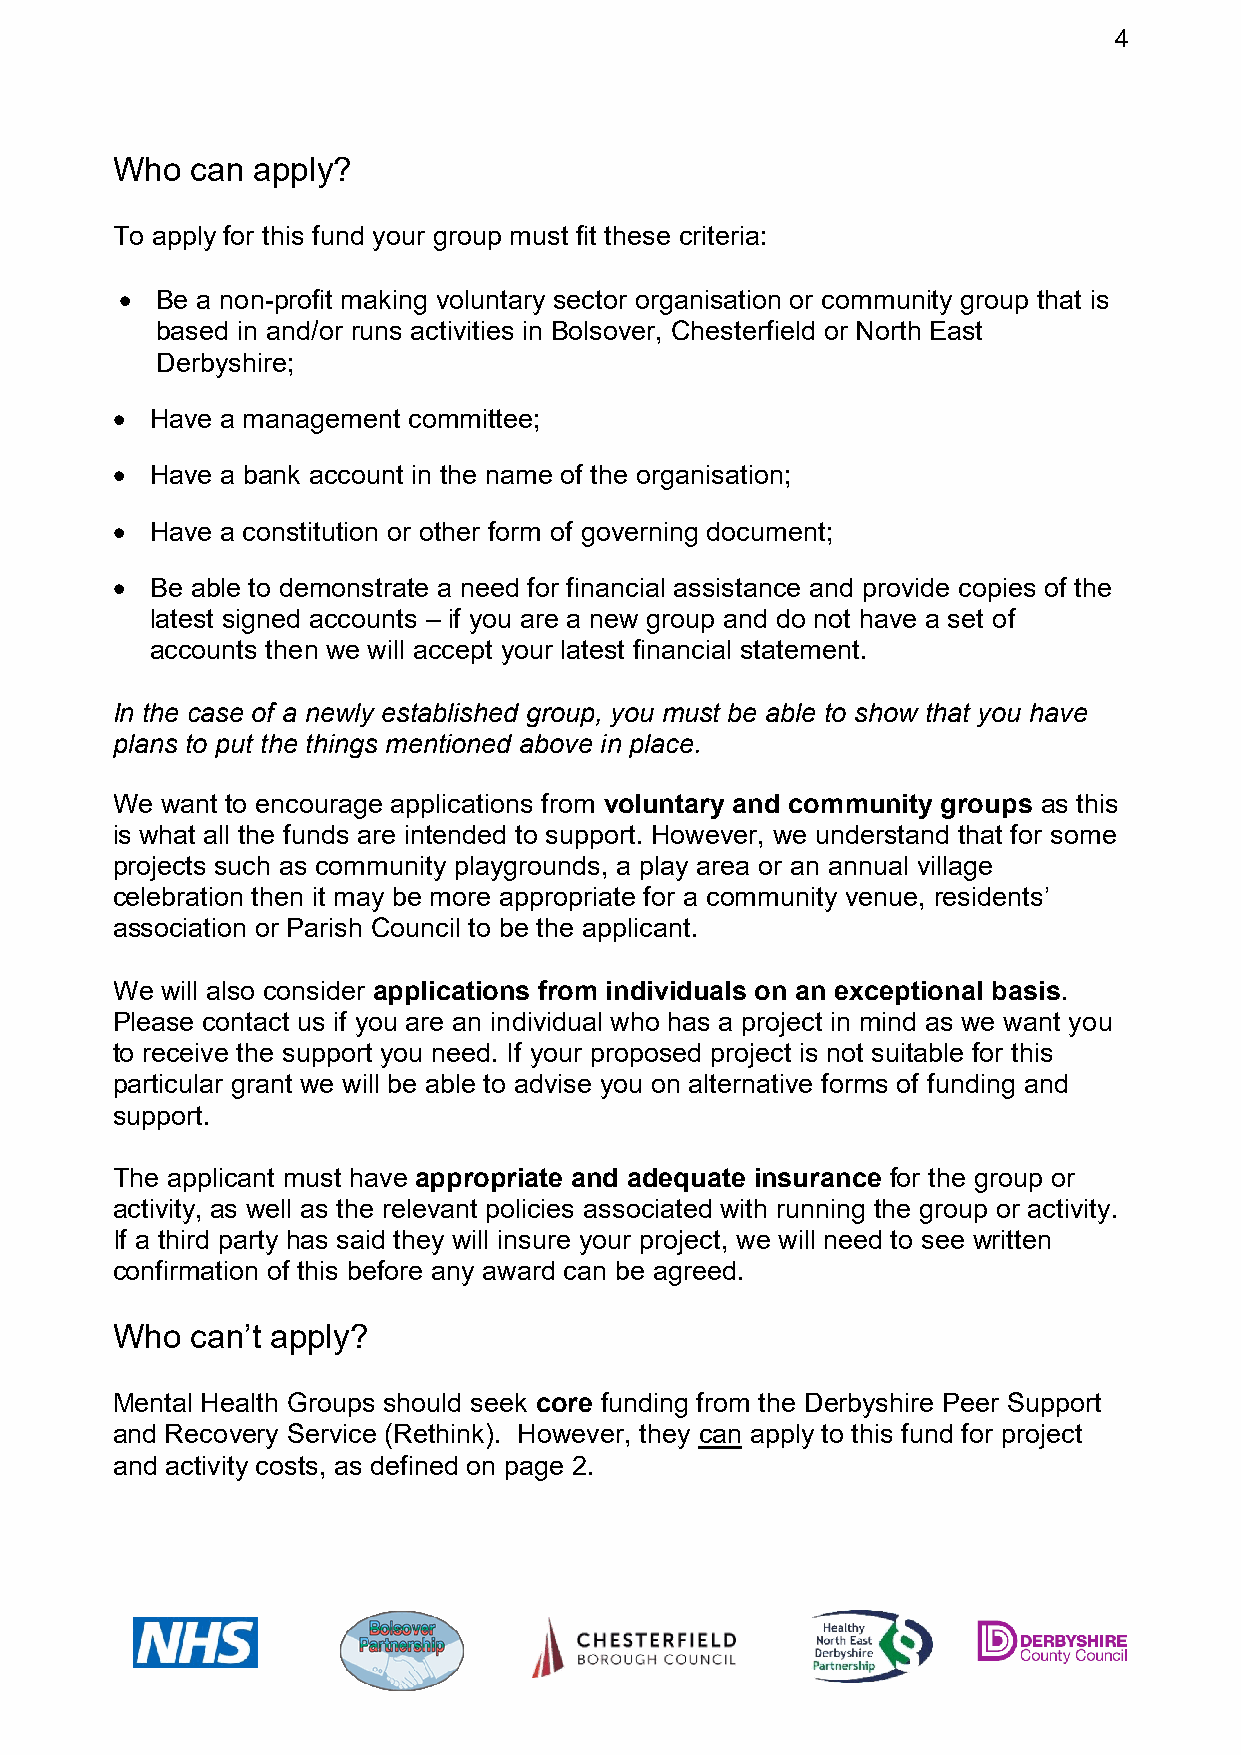
4
 Who   can apply?
 To apply for this fund your group must fit these criteria:
  Be a non-profit making voluntary sector organisation or community group that is
 based in and/or runs activities in Bolsover, Chesterfield or North East
 Derbyshire;
   Have a management committee;
   Have a bank account in the name of the organisation;
   Have a constitution or other form of governing document;
   Be able to demonstrate a need for financial assistance and provide copies of the
 latest signed accounts – if you are a new group and do not have a set of
 accounts then we will accept your latest financial statement.
 In the case of a newly established group, you must be able to show that you have
 plans to put the things mentioned above in place.
 We  want to encourage applications from voluntary and community groups as this
 is what all the funds are intended to support. However, we understand that for some
 projects such as community playgrounds, a play area or an annual village
 celebration then it may be more appropriate for a community venue, residents’
 association or Parish Council to be the applicant.
 We  will also consider applications from individuals on an exceptional basis.
 Please contact us if you are an individual who has a project in mind as we want you
 to receive the support you need. If your proposed project is not suitable for this
 particular grant we will be able to advise you on alternative forms of funding and
 support.
 The applicant must have appropriate and adequate insurance for the group or
 activity, as well as the relevant policies associated with running the group or activity.
 If a third party has said they will insure your project, we will need to see written
 confirmation of this before any award can be agreed.
 Who   can’t apply?
 Mental Health Groups should seek core funding from the Derbyshire Peer Support
 and Recovery Service (Rethink). However, they can apply to this fund for project
 and activity costs, as defined on page 2.